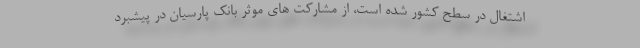
اشتغال در سطح کشور شده است، از مشارکت های موثر بانک پارسیان در پیشبرد